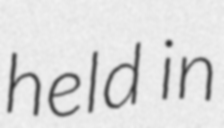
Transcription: held in